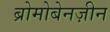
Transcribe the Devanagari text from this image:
ब्रोमोबेनज़ीन